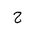
Letter: _ha